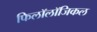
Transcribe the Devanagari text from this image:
फिलॉलॉजिकल